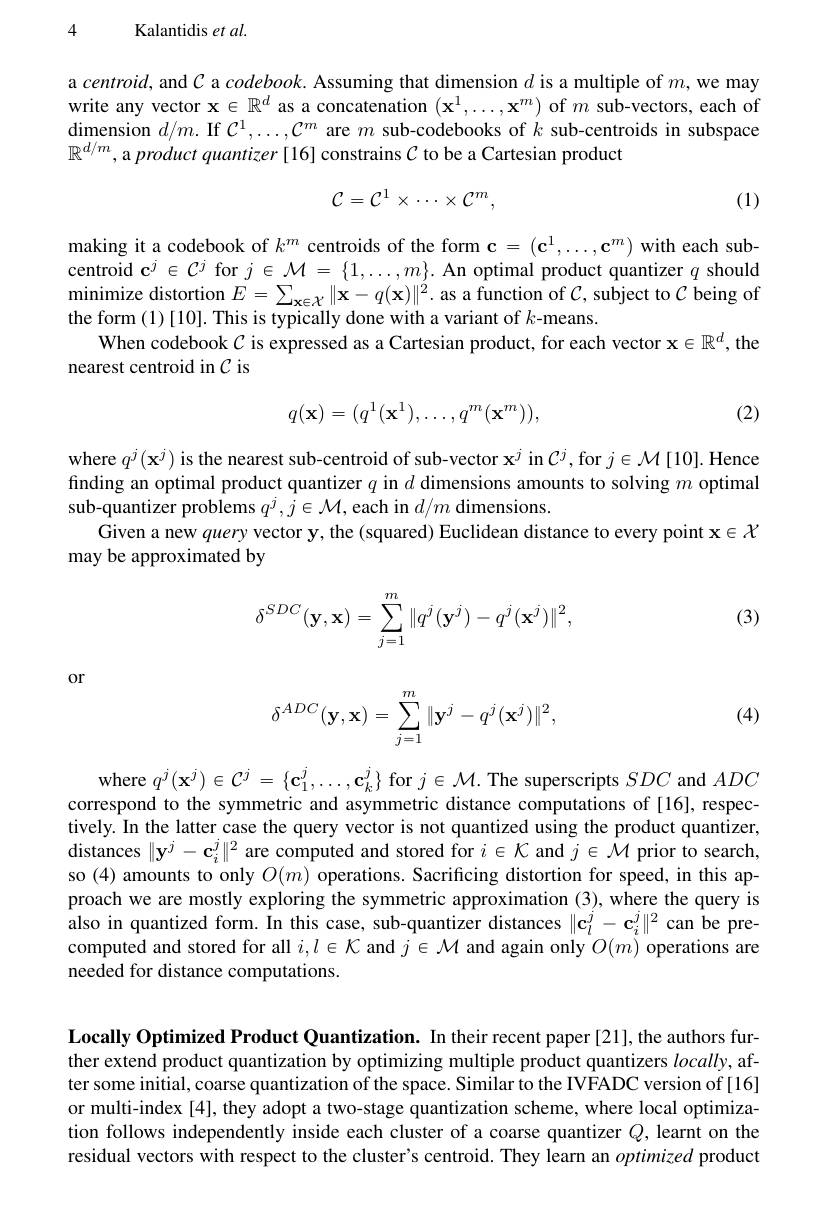
4 Kalantidis et al.

a centroid, and $\mathcal{C}$ a codebook. Assuming that dimension $d$ is a multiple of $m$,we may write any vector $\mathbf{x}\in\mathbb{R}^d$ as a concatenation $(\mathbf{x}^1,\ldots,\mathbf{x}^m)$ of $m$ sub-vectors, each of dimension $d/m.$ If $\mathcal{C}^1,\ldots,\mathcal{C}^m$ are $m$ sub-codebooks of $k$ sub-centroids in subspace $\mathbb{R}^{d/m}$,a product quantizer [16] constrains $\mathcal{C}$ to be a Cartesian product
$$\mathcal C=\mathcal C^{1}\times\cdots\times\mathcal C^{m},$$
(1)

making it a codebook of $k^m$ centroids of the form $\mathbf{c}=(\mathbf{c}^1,\ldots,\mathbf{c}^m)$ with each subcentroid $\mathbf{c}^j\in\mathcal{C}^j$ for $j\in \mathcal{M} = \{ 1, \ldots , m\} . \textbf{An optimal product quantizer }q$ should minimize distortion $E=\sum_\mathbf{x}\in\mathcal{X}\|\mathbf{x}-q(\mathbf{x})\|^{2}.$ as a function of $\mathcal{C}$, subject to $\mathcal{C}$ being ot the form (1)[10]. This is typically done with a variant of $k$-means.
When codebook $\mathcal{C}$ is expressed as a Cartesian product, for each vector $\mathbf{x}\in\mathbb{R}^d$, the
nearest centroid in $\mathcal{C}$ is

(2)
$$q(\mathbf{x})=(q^1(\mathbf{x}^1),\ldots,q^m(\mathbf{x}^m)),$$
where $q^{j}(\mathbf{x}^{j})$ is the nearest sub-centroid of sub-vector $\mathbf{x}^{j}$ in $\mathcal{C}^{j}$,for $j\in\mathcal{M}[10].$ Hence finding an optimal product quantizer $q$ in $d$ dimensions amounts to solving $m$ optimal sub-quantizer problems $q^j,j\in\mathcal{M}$,each in $d/m$ dimensions.
Given a new query vector y, the (squared) Euclidean distance to every point x$\in\mathcal{X}$
may be approximated by

(3)
$$\delta^{SDC}(\mathbf{y},\mathbf{x})=\sum_{j=1}^m\|q^j(\mathbf{y}^j)-q^j(\mathbf{x}^j)\|^2,$$
or

(4)
$$\delta^{ADC}(\mathbf{y},\mathbf{x})=\sum_{j=1}^m\|\mathbf{y}^j-q^j(\mathbf{x}^j)\|^2,$$
where $q^j(\mathbf{x}^j)\in\mathcal{C}^j=\{\mathbf{c}_1^j,\ldots,\mathbf{c}_k^j\}$ for $j\in\mathcal{M}.$ The superscripts $SDC$ and $ADC$ correspond to the symmetric and asymmetric distance computations of [16], respectively. In the latter case the query vector is not quantized using the product quantizer, distances $\|\mathbf{y}^j-\mathbf{c}_i^j\|^2$ are computed and stored for $i\in\mathcal{K}$ and $j\in\mathcal{M}$ prior to search, so (4) amounts to only $O(m)$ operations. Sacrificing distortion for speed, in this approach we are mostly exploring the symmetric approximation (3), where the query is also in quantized form. In this case, sub-quantizer distances $\|\mathbf{c}_l^j-\mathbf{c}_i^j\|^2$ can be precomputed and stored for all $i,l\in\mathcal{K}$ and $j\in\mathcal{M}$ and again only $O(m)$ operations are needed for distance computations.

Locally Optimized Product Quantization. In their recent paper [21], the authors further extend product quantization by optimizing multiple product quantizers $locally$, after some initial, coarse quantization of the space. Similar to the IVFADC version of [16] or multi-index [4], they adopt a two-stage quantization scheme, where local optimization follows independently inside each cluster of a coarse quantizer $Q$, learnt on the residual vectors with respect to the cluster's centroid. They learn an optimized product